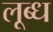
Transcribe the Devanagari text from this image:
लूब्ध